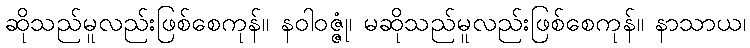
ဆိုသည်မူလည်းဖြစ်စေကုန်။ နဝါဝဇ္ဇုံ၊ မဆိုသည်မူလည်းဖြစ်စေကုန်။ နာသာယ၊